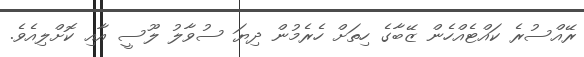
ރޭއްސުރެ ކައްޓެއްހެން ޒޭބާގެ ހިތަށް ހެރެމުން ދިޔަ ސުވާލު ލޫސީ އާއި ކޮށްލިއެވެ.